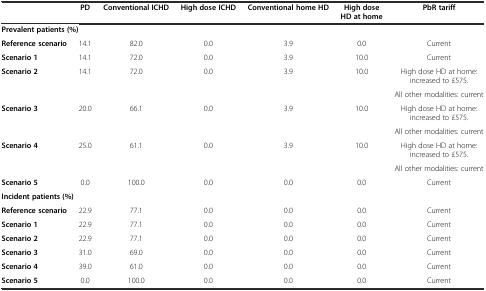
<table><thead><tr><td></td><td><b>PD</b></td><td><b>Conventional ICHD</b></td><td><b>High dose ICHD</b></td><td><b>Conventional home HD</b></td><td><b>High dose HD at home</b></td><td><b>PbR tariff</b></td></tr></thead><tbody><tr><td colspan="7"><b>Prevalent patients (%)</b></td></tr><tr><td><b>Reference scenario</b></td><td>14.1</td><td>82.0</td><td>0.0</td><td>3.9</td><td>0.0</td><td>Current</td></tr><tr><td><b>Scenario 1</b></td><td>14.1</td><td>72.0</td><td>0.0</td><td>3.9</td><td>10.0</td><td>Current</td></tr><tr><td><b>Scenario 2</b></td><td>14.1</td><td>72.0</td><td>0.0</td><td>3.9</td><td>10.0</td><td>High dose HD at home: increased to £575.</td></tr><tr><td colspan="6"></td><td>All other modalities: current</td></tr><tr><td><b>Scenario 3</b></td><td>20.0</td><td>66.1</td><td>0.0</td><td>3.9</td><td>10.0</td><td>High dose HD at home: increased to £575.</td></tr><tr><td colspan="6"></td><td>All other modalities: current</td></tr><tr><td><b>Scenario 4</b></td><td>25.0</td><td>61.1</td><td>0.0</td><td>3.9</td><td>10.0</td><td>High dose HD at home: increased to £575.</td></tr><tr><td colspan="6"></td><td>All other modalities: current</td></tr><tr><td><b>Scenario 5</b></td><td>0.0</td><td>100.0</td><td>0.0</td><td>0.0</td><td>0.0</td><td>Current</td></tr><tr><td colspan="7"><b>Incident patients (%)</b></td></tr><tr><td><b>Reference scenario</b></td><td>22.9</td><td>77.1</td><td>0.0</td><td>0.0</td><td>0.0</td><td>Current</td></tr><tr><td><b>Scenario 1</b></td><td>22.9</td><td>77.1</td><td>0.0</td><td>0.0</td><td>0.0</td><td>Current</td></tr><tr><td><b>Scenario 2</b></td><td>22.9</td><td>77.1</td><td>0.0</td><td>0.0</td><td>0.0</td><td>Current</td></tr><tr><td><b>Scenario 3</b></td><td>31.0</td><td>69.0</td><td>0.0</td><td>0.0</td><td>0.0</td><td>Current</td></tr><tr><td><b>Scenario 4</b></td><td>39.0</td><td>61.0</td><td>0.0</td><td>0.0</td><td>0.0</td><td>Current</td></tr><tr><td><b>Scenario 5</b></td><td>0.0</td><td>100.0</td><td>0.0</td><td>0.0</td><td>0.0</td><td>Current</td></tr></tbody></table>